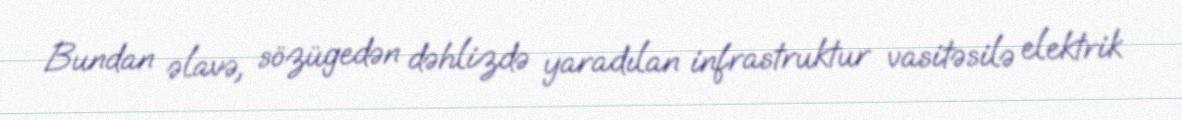
Bundan əlavə, sözügedən dəhlizdə yaradılan infrastruktur vasitəsilə elektrik